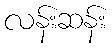
လန်းဆန်း